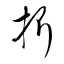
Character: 折